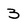
Character: 3